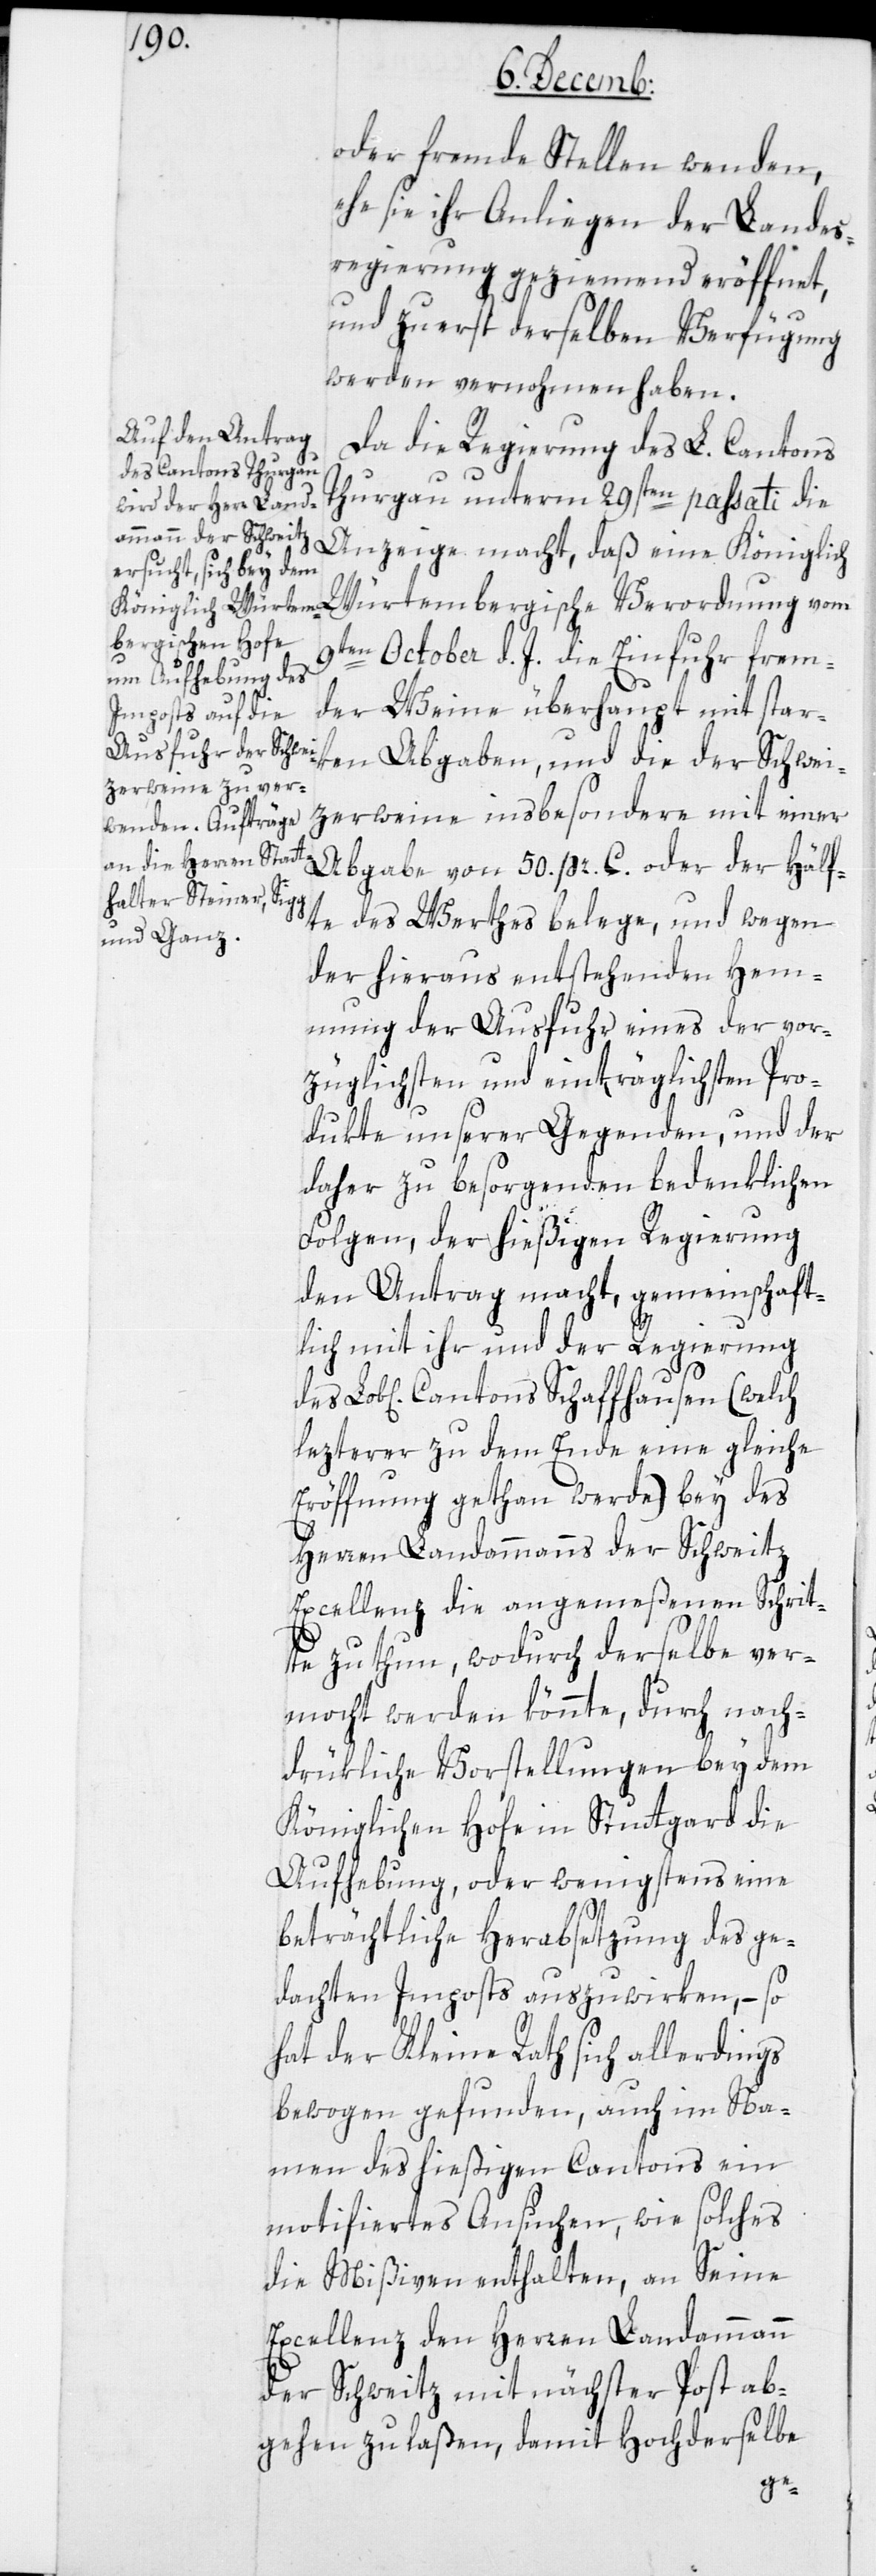
oder fremde Stellen wenden,
ehe sie ihr Anliegen der Landes¬
regierung geziemend eröffnet,
und zuerst derselben Verfügung
werden vernommen haben.
Da die Regierung des L. Cantons
Thurgau unterm 29sten passati die
Königlich Würtembergische Verordnung vom
9ten October d. J. die Einfuhr frem¬
der Weine überhaupt mit star¬
zerweine insbesondere mit einer
Abgabe von 50 pr. C. oder der Hälf¬
te des Werthes belege, und wegen
der hieraus entstehenden Hem¬
mung der Ausfuhr eines der vor¬
züglichsten und einträglichsten Pro¬
dukte unserer Gegenden, und der
daher zu besorgenden bedenklichen
Folgen, der hießigen Regierung
den Antrag macht, gemeinschaft¬
lich mit ihr und der Regierung
lezterer zu dem Ende eine gleiche
Eröffnung gethan werde) bey des
Herren Landammanns der Schweitz
Excellenz die angemeßenen Schrit¬
te zu thun, wodurch derselbe ver¬
mocht werden könnte, durch nach¬
drükliche Vorstellungen bey dem
Königlichen Hofe in Stuttgart die
Aufhebung, oder wenigstens eine
beträchtliche Herabsetzung des ge¬
dachten Imposts auszuwirken, – so
hat der Kleine Rath sich allerdings
bewogen gefunden, auch im Na¬
men des hießigen Cantons ein
motiviertes Ansuchen, wie solches
die Mißiven enthalten, an Seine
Excellenz den Herren Landammann
der Schweitz mit nächster Post ab¬
gehen zu laßen, damit Hochderselbe
Schwei¬